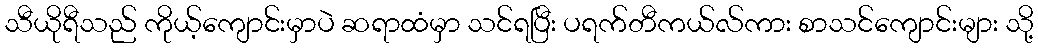
သီယိုရီသည် ကိုယ့်ကျောင်းမှာပဲ ဆရာထံမှာ သင်ရပြီး ပရက်တီကယ်လ်ကား စာသင်ကျောင်းများ သို့